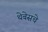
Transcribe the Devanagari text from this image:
थेबेसचे